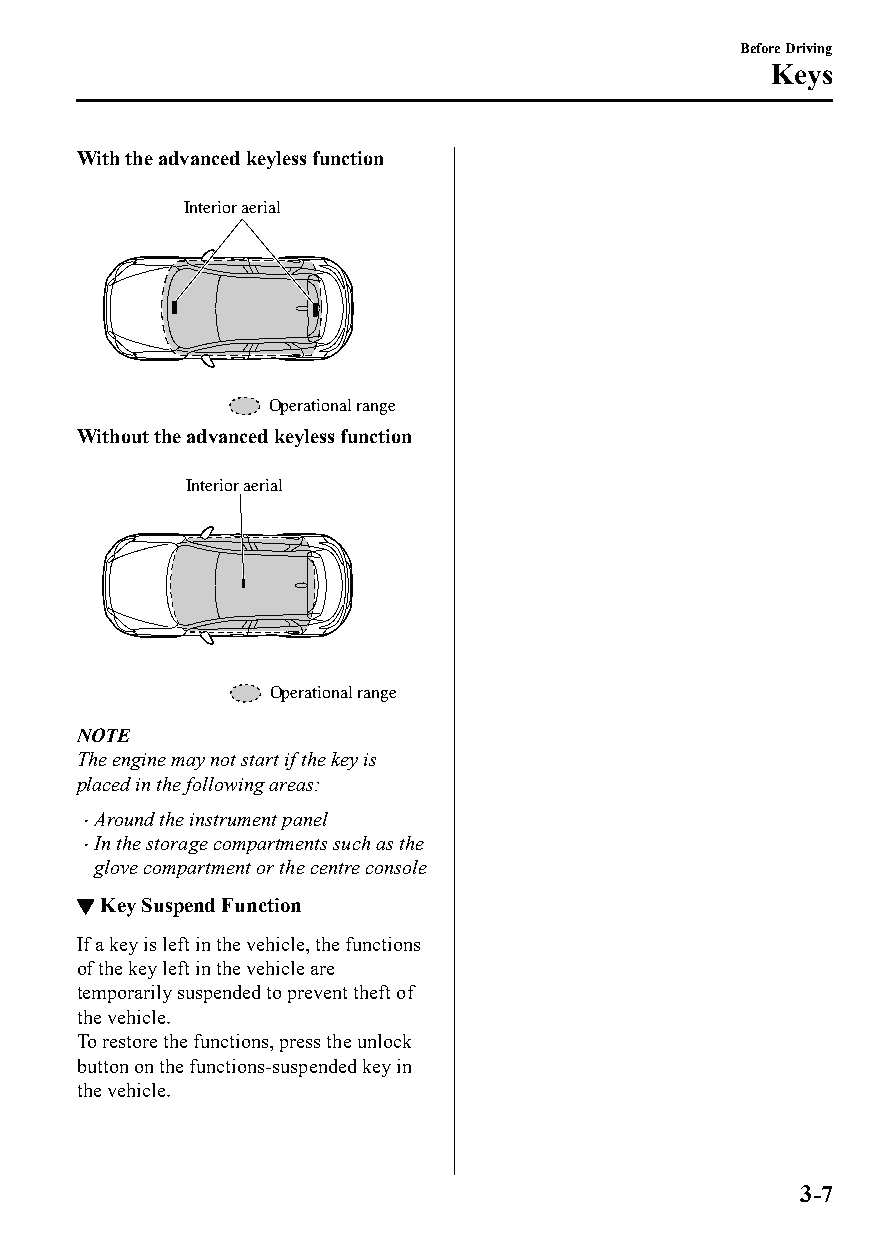
Before Driving
 Keys
 With the advanced keyless function
 Interior aerial
 Operational range
 Without the advanced keyless function
 Interior aerial
 Operational range
 NOTE
 The engine may not start if the key is
 placed in the following areas:
 Around the instrument panel
 
 In the storage compartments such as the
 
 glove compartment or the centre console
 ▼Key Suspend Function
 If a key is left in the vehicle, the functions
 of the key left in the vehicle are
 temporarily suspended to prevent theft of
 the vehicle.
 To restore the functions, press the unlock
 button on the functions-suspended key in
 the vehicle.
 3-7
 CX-3_8GT4-EE-18D_Edition4                  2018-9-6 18:32:19